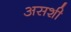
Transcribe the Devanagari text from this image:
असशी